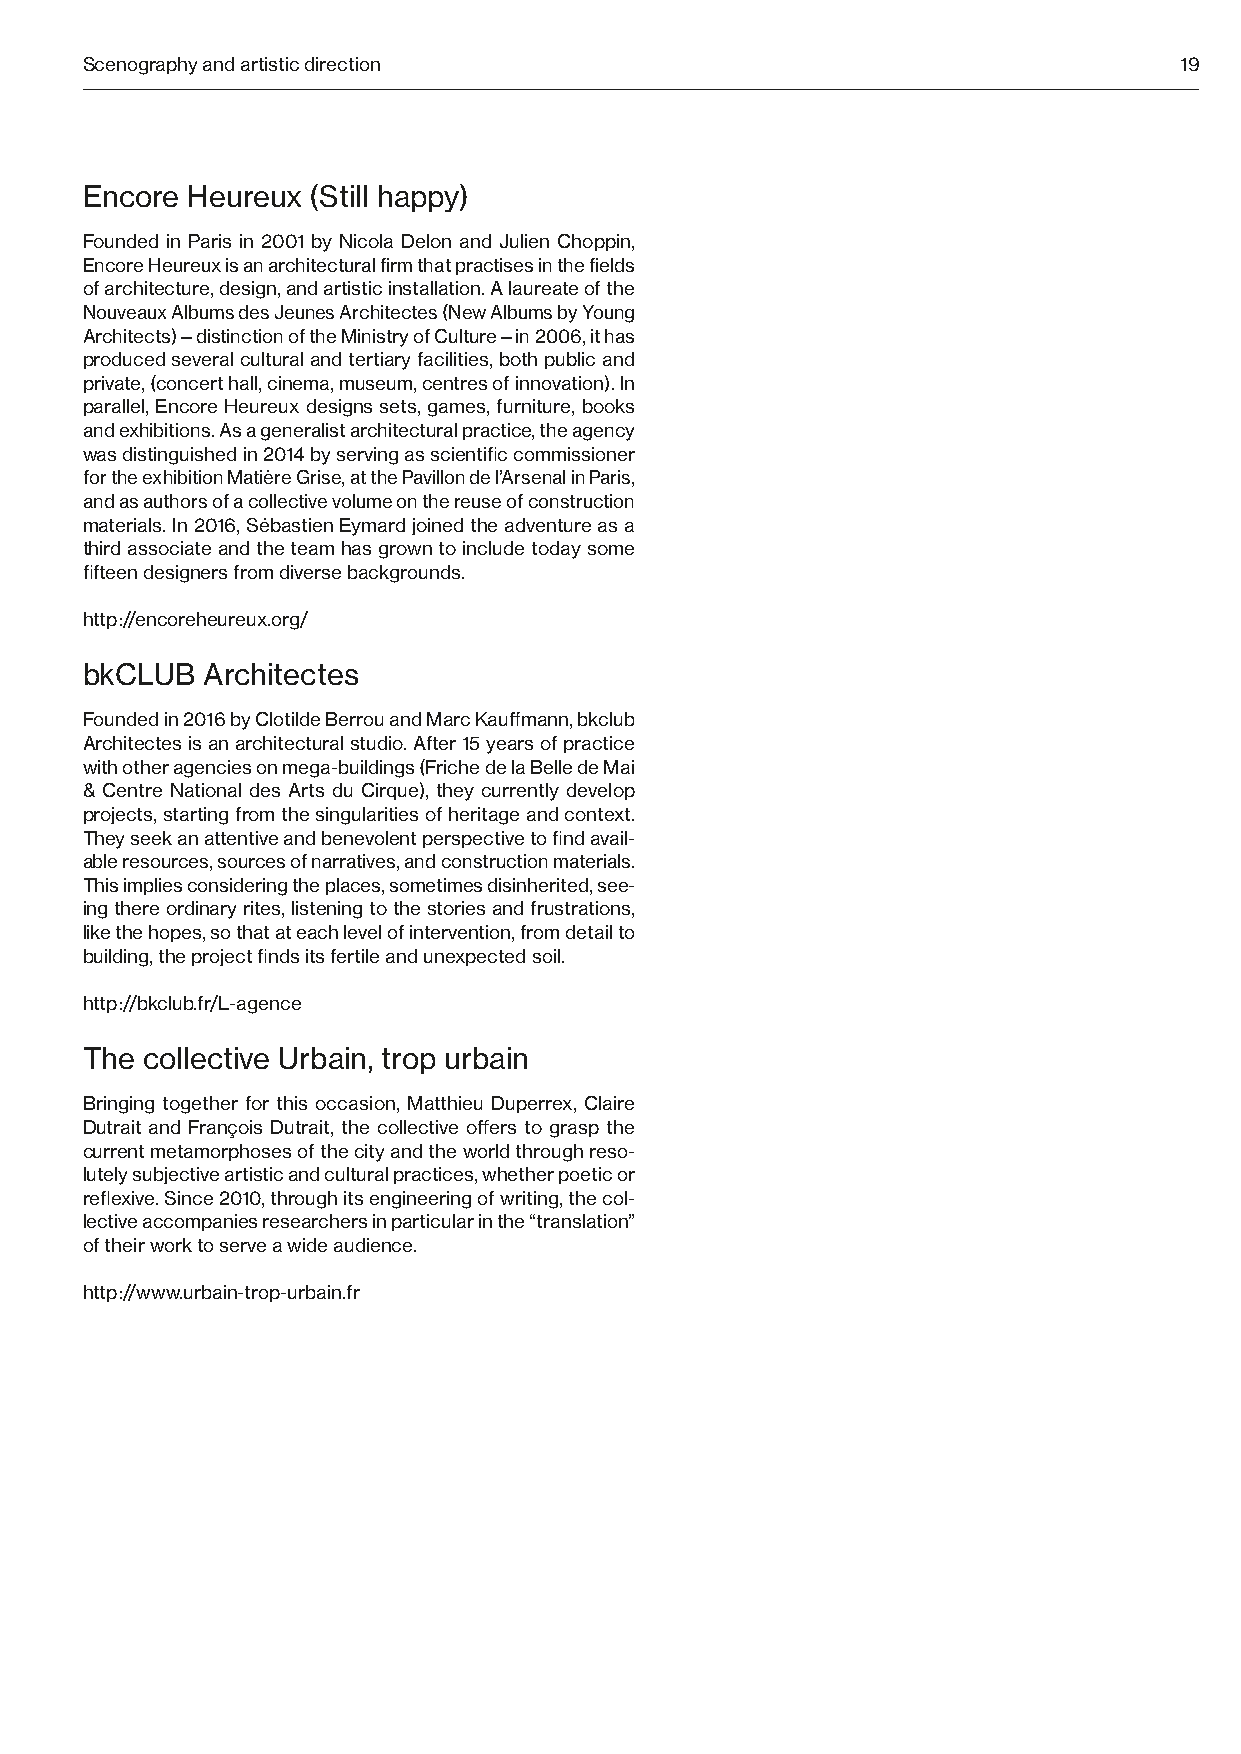
Scenography and artistic direction                                       19
 Encore Heureux  (Still happy)
 Founded in Paris in 2001 by Nicola Delon and Julien Choppin,
 Encore Heureux is an architectural firm that practises in the fields
 of architecture, design, and artistic installation. A laureate of the
 Nouveaux Albums des Jeunes Architectes (New Albums by Young
 Architects)—distinction of the Ministry of Culture—in 2006, it has
 produced several cultural and tertiary facilities, both public and
 private, (concert hall, cinema, museum, centres of innovation). In
 parallel, Encore Heureux designs sets, games, furniture, books
 and exhibitions. As a generalist architectural practice, the agency
 was distinguished in 2014 by serving as scientific commissioner
 for the exhibition Matière Grise, at the Pavillon de l’Arsenal in Paris,
 and as authors of a collective volume on the reuse of construction
 materials. In 2016, Sébastien Eymard joined the adventure as a
 third associate and the team has grown to include today some
 fifteen designers from diverse backgrounds.
 http ://encoreheureux.org/
 bkCLUB  Architectes
 Founded in 2016 by Clotilde Berrou and Marc Kauffmann, bkclub
 Architectes is an architectural studio. After 15 years of practice
 with other agencies on mega-buildings (Friche de la Belle de Mai
 & Centre National des Arts du Cirque), they currently develop
 projects, starting from the singularities of heritage and context.
 They seek an attentive and benevolent perspective to find avail-
 able resources, sources of narratives, and construction materials.
 This implies considering the places, sometimes disinherited, see-
 ing there ordinary rites, listening to the stories and frustrations,
 like the hopes, so that at each level of intervention, from detail to
 building, the project finds its fertile and unexpected soil.
 http ://bkclub.fr/L-agence
 The collective Urbain, trop urbain
 Bringing together for this occasion, Matthieu Duperrex, Claire
 Dutrait and François Dutrait, the collective offers to grasp the
 current metamorphoses of the city and the world through reso-
 lutely subjective artistic and cultural practices, whether poetic or
 reflexive. Since 2010, through its engineering of writing, the col-
 lective accompanies researchers in particular in the “translation”
 of their work to serve a wide audience.
 http ://www.urbain-trop-urbain.fr